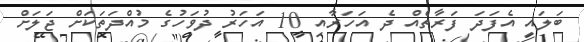
ބަލައި އެފަދަ ފަރާތެއް ދެ އަހަރާއި 10 އަހަރު ދުވަހުގެ މުއްދަތަކަށް ޖަލަށް